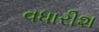
વધારીશ